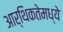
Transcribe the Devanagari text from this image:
आर्थिकतेमध्ये